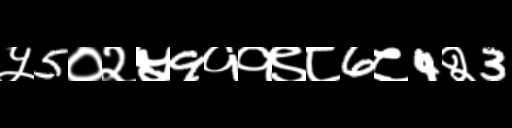
Text: ५5०२५9११९८6८4२3